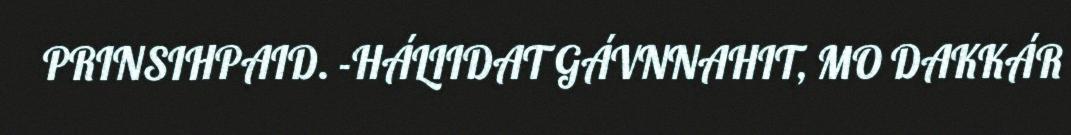
PRINSIHPAID. -HÁLIIDAT GÁVNNAHIT, MO DAKKÁR